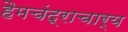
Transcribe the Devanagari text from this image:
हैमचंद्राचार्य